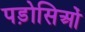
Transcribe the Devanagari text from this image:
पड़ोसिओं